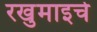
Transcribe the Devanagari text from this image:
रखुमाइचे